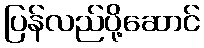
ပြန်လည်ပို့ဆောင်